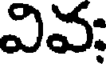
వివ: